Junior Leaving Certificate, 1939
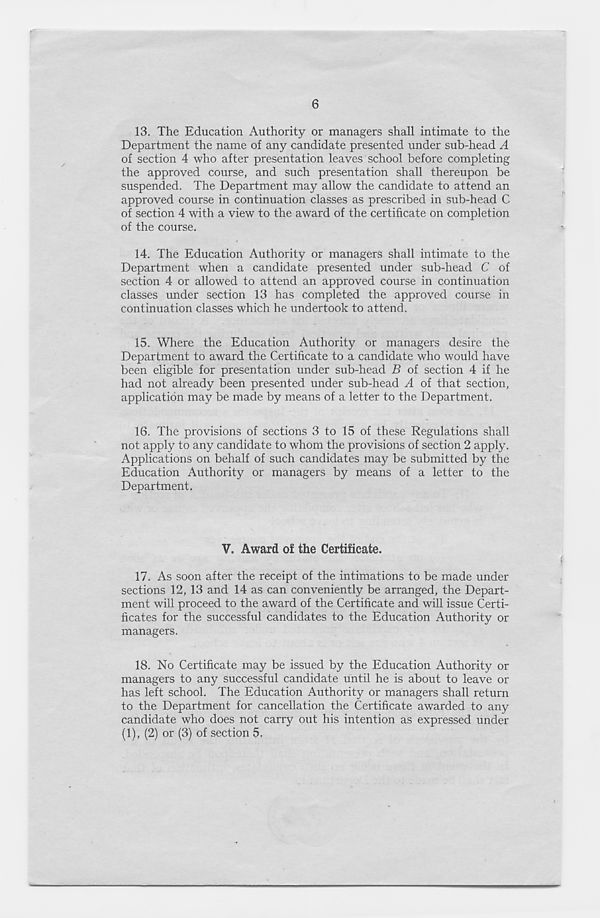
6
13. The Education Authority or managers shall intimate to the
Department the name of any candidate presented under sub-head A
of section 4 who after presentation leaves school before completing
the approved course, and such presentation shall thereupon be
suspended. The Department may allow the candidate to attend an
approved course in continuation classes as prescribed in sub-head C
of section 4 with a view to the award of the certificate on completion
of the course.
14. The Education Authority or managers shall intimate to the
Department when a candidate presented under sub-head C of
section 4 or allowed to attend an approved course in continuation
classes under section 13 has completed the approved course in
continuation classes which he undertook to attend.
15.
Where the Education A
Department to award the Certificate to a candidate who would have
been eligible for presentation under sub-head B of section 4 if he
had not already been presented under sub-head A of that section,
application may be made by means of a letter to the Department.
16.
The provisions of section
not apply to any candidate to whom the provisions of section 2 apply.
Applications on behalf of such candidates may be submitted by the
Education Authority or managers by means of a letter to the
Department.
V. Award of the Certificate.
17.
As soon after the receipt
sections 12, 13 and 14 as can conveniently be arranged, the Depart-
ment will proceed to the award of the Certificate and will issue Certi-
ficates for the successful candidates to the Education Authority or
managers.
18.
No Certificate may be iss
managers to any successful candidate until he is about to leave or
has left school. The Education Authority or managers shall return
to the Department for cancellation the Certificate awarded to any
candidate who does not carry out his intention as expressed under
(1), (2) or (3) of section 5,